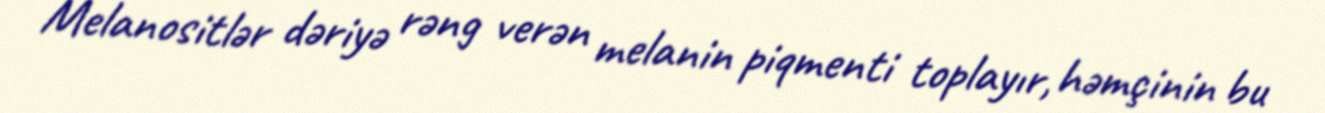
Melanositlər dəriyə rəng verən melanin piqmenti toplayır, həmçinin bu